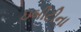
ઇબીટીના